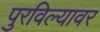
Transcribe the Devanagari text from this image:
पुरविल्यावर